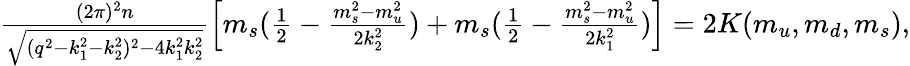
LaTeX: \begin{array}{r}{\frac{(2\pi)^{2}n}{\sqrt{(q^{2}-k_{1}^{2}-k_{2}^{2})^{2}-4k_{1}^{2}k_{2}^{2}}}\left[m_{s}(\frac{1}{2}-\frac{m_{s}^{2}-m_{u}^{2}}{2k_{2}^{2}})+m_{s}(\frac{1}{2}-\frac{m_{s}^{2}-m_{u}^{2}}{2k_{1}^{2}})\right]=2K(m_{u},m_{d},m_{s}),}\end{array}